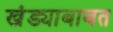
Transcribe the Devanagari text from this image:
खंड्याबाबत